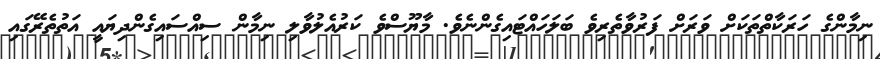
ނިމާންގެ ހަރަކާތްތަކަށް ވަރަށް ފަރުވާތެރިވެ ބަލަހައްޓައިގެންނެވެ. މާޔޫސްވެ ކަރުއެލުވާލި ނިމާން ސިއްސައިގެންދިޔައީ އަތުތެރޭގައި